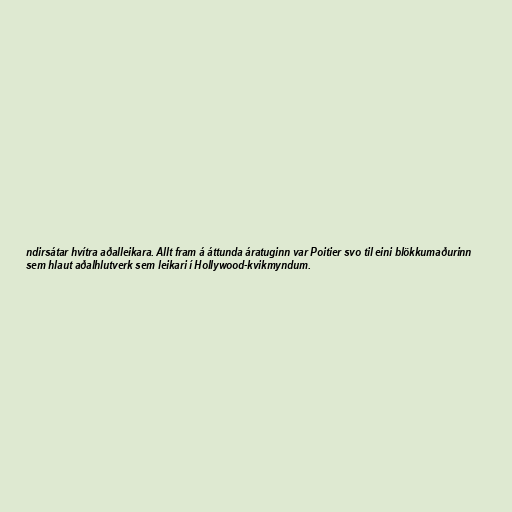
ndirsátar hvítra aðalleikara. Allt fram á áttunda áratuginn var Poitier svo til eini blökkumaðurinn
sem hlaut aðalhlutverk sem leikari í Hollywood-kvikmyndum.